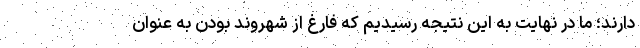
دارند؛ ما در نهایت به این نتیجه رسیدیم که فارغ از شهروند بودن به عنوان